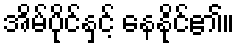
အိမ်ပိုင်နှင့် နေနိုင်၏။